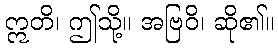
ဣတိ၊ ဤသို့။ အဗြဝိ၊ ဆို၏။